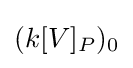
(k[V]_{P})_{0}